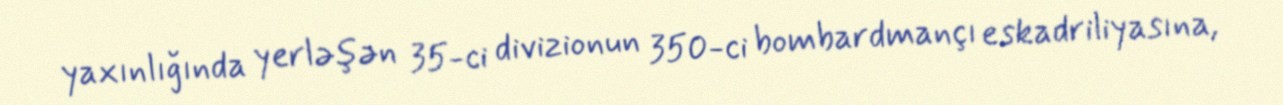
yaxınlığında yerləşən 35-ci divizionun 350-ci bombardmançı eskadriliyasına,